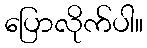
ပြောလိုက်ပါ။